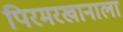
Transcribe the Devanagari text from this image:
पिरमरखानाला